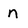
Character: n